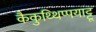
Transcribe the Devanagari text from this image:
कैकुथ्थिप्पयाट्टू